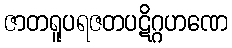
ဇာတရူပရဇတပဋိဂ္ဂဟဏေ